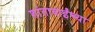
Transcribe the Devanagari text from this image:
शांताबाईंच्या